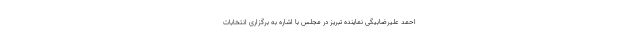
احمد علیرضابیگی نماینده تبریز در مجلس با اشاره به برگزاری انتخابات